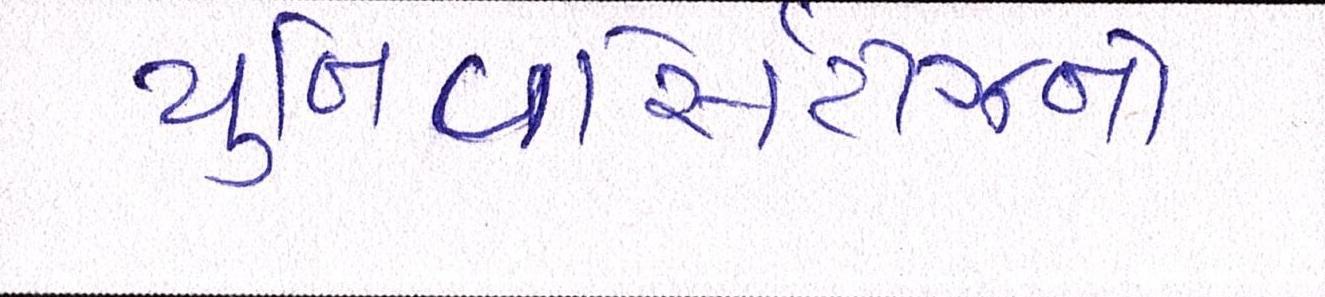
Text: યુનિવર્સિટીઝનો